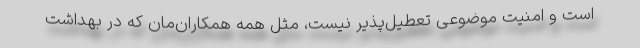
است و امنیت موضوعی تعطیل‌پذیر نیست، مثل همه همکاران‌مان که در بهداشت